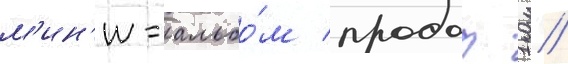
м'ин'и-альбо́м продал 1 //